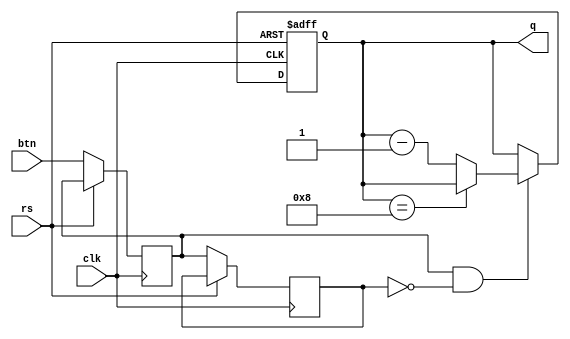
`timescale 1ns / 1ps
//////////////////////////////////////////////////////////////////////////////////
// Company: 
// Engineer: 
// 
// Design Name: 
// Module Name:    btn 
// Project Name: 
// Target Devices: 
// Tool versions: 
// Description: 
//
// Dependencies: 
//
// Revision: 
// Revision 0.01 - File Created
// Additional Comments: 
//
//////////////////////////////////////////////////////////////////////////////////
module btn(
input clk, rs, btn,
output [7:0] q
);

reg [7:0] r_reg;
initial r_reg=8'b00010001;
reg btn_state, btn_prev_state;

  always @(posedge clk, posedge rs) begin
    if (rs) begin
      r_reg <= 8'b00010101;         
    end 
	 else begin
      btn_prev_state <= btn_state;
      btn_state <= btn;
	
		if (btn_state && !btn_prev_state) begin
         if (r_reg==8) begin
				r_reg<=r_reg;
		   end else 
			 r_reg <= r_reg - 1;
		  end
      end
    end
assign q=r_reg;

endmodule